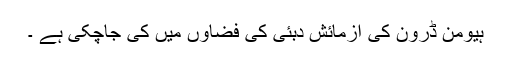
ہیومن ڈرون کی آزمائش دبئی کی فضاوں میں کی جاچکی ہے ۔